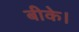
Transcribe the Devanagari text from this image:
बीके।